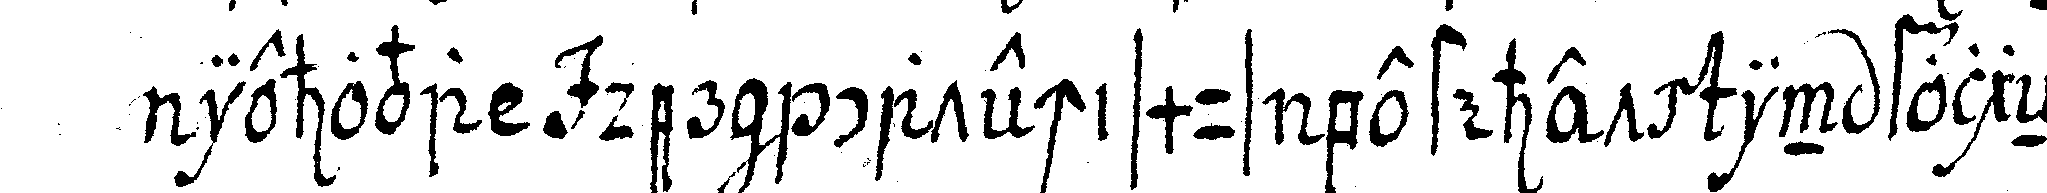
iehova der catechismus bestehet in folgeNdeN